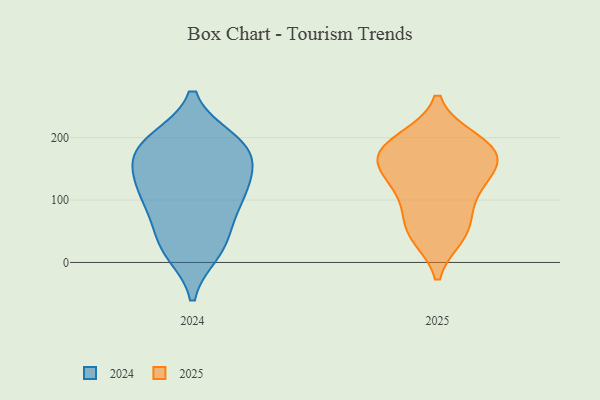
{"axis": {"x": "Inventory Turnover", "y": "Value"}, "legend": ["2024", "2025"], "data": [{"x": "", "y": 151, "type": "2024"}, {"x": "", "y": 26, "type": "2024"}, {"x": "", "y": 107, "type": "2024"}, {"x": "", "y": 126, "type": "2024"}, {"x": "", "y": 192, "type": "2024"}, {"x": "", "y": 170, "type": "2024"}, {"x": "", "y": 190, "type": "2024"}, {"x": "", "y": 94, "type": "2024"}, {"x": "", "y": 122, "type": "2024"}, {"x": "", "y": 195, "type": "2024"}, {"x": "", "y": 175, "type": "2024"}, {"x": "", "y": 33, "type": "2024"}, {"x": "", "y": 18, "type": "2024"}, {"x": "", "y": 77, "type": "2024"}, {"x": "", "y": 164, "type": "2025"}, {"x": "", "y": 165, "type": "2025"}, {"x": "", "y": 165, "type": "2025"}, {"x": "", "y": 119, "type": "2025"}, {"x": "", "y": 182, "type": "2025"}, {"x": "", "y": 47, "type": "2025"}, {"x": "", "y": 136, "type": "2025"}, {"x": "", "y": 64, "type": "2025"}, {"x": "", "y": 44, "type": "2025"}, {"x": "", "y": 191, "type": "2025"}, {"x": "", "y": 196, "type": "2025"}, {"x": "", "y": 106, "type": "2025"}]}